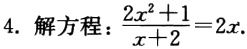
4. 解方程：$\frac{2x^{2}+1}{x + 2}=2x$.